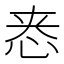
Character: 𫺁